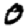
Digit: 0